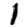
Digit: 1